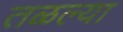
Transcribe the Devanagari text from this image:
तळल्या